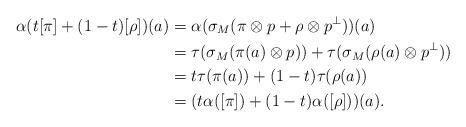
LaTeX: \begin{align*}\alpha(t[\pi] + (1-t)[\rho])(a) &= \alpha(\sigma_M(\pi \otimes p + \rho \otimes p^{\perp}))(a) \\& = \tau(\sigma_M(\pi(a) \otimes p)) + \tau(\sigma_M(\rho(a) \otimes p^{\perp})) \\& = t\tau(\pi(a)) + (1-t)\tau(\rho(a)) \\& = (t\alpha([\pi]) + (1-t)\alpha([\rho]))(a).\end{align*}